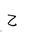
Letter: _ha